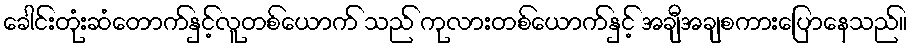
ခေါင်းတုံးဆံတောက်နှင့်လူတစ်ယောက် သည် ကုလားတစ်ယောက်နှင့် အချီအချစကားပြောနေသည်။